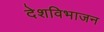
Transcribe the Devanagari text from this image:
देशविभाजन